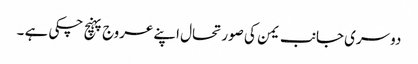
دوسری جانب یمن کی صورتحال اپنے عروج پہنچ چکی ہے ۔